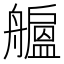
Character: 𦪯